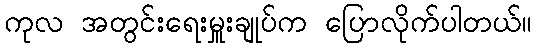
ကုလ အတွင်းရေးမှူးချုပ်က ပြောလိုက်ပါတယ်။